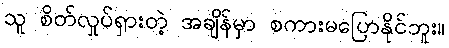
သူ စိတ်လှုပ်ရှားတဲ့ အချိန်မှာ စကားမပြောနိုင်ဘူး။